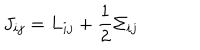
LaTeX: J _ { i j } = L _ { i j } + \frac { 1 } { 2 } \Sigma _ { i j }